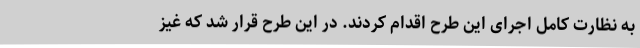
به نظارت کامل اجرای این طرح اقدام کردند. در این طرح قرار شد که غیز